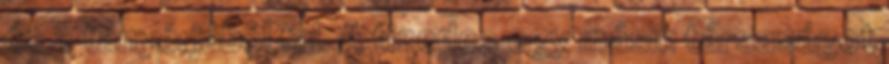
és a tányérjából fal. A tizedes egy másik társaságot